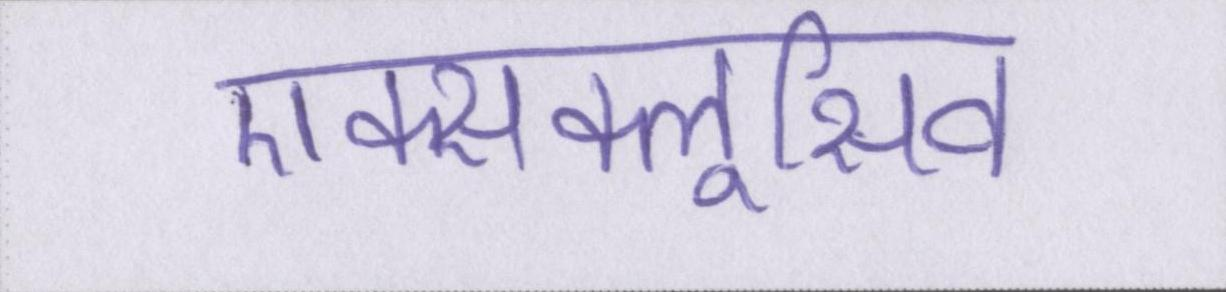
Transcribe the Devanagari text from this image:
एक्सक्लूसिव